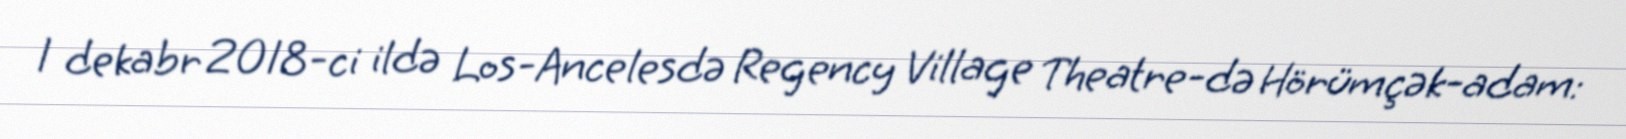
1 dekabr 2018-ci ildə Los-Ancelesdə Regency Village Theatre-də Hörümçək-adam: